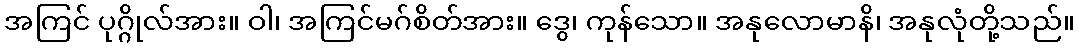
အကြင် ပုဂ္ဂိုလ်အား။ ဝါ၊ အကြင်မဂ်စိတ်အား။ ဒွေ၊ ကုန်သော။ အနုလောမာနိ၊ အနုလုံတို့သည်။